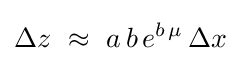
\Delta z\,\,\approx \,\,a\,b\,e^{b\,\mu }\,\Delta x